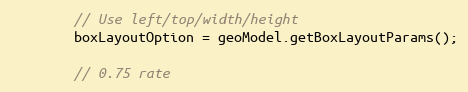
Language: JavaScript
        // Use left/top/width/height
        boxLayoutOption = geoModel.getBoxLayoutParams();

        // 0.75 rate